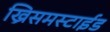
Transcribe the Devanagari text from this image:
ख्रिसमस्टाईड